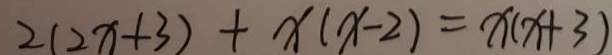
2 ( 2 x + 3 ) + x ( x - 2 ) = x ( x + 3 )